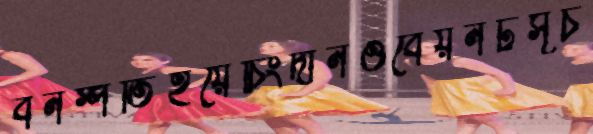
বনস্পতিইয়েচিংদীনওবেয়নটসূচ